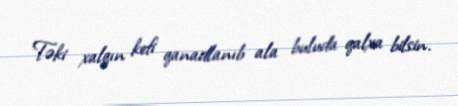
Təki xalqın kefi qanadlanıb ala buluda qalxa bilsin.